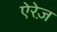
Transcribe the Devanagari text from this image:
ऐरेज़